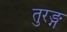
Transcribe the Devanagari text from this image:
तुरङ्ग